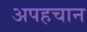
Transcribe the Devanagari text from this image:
अपहचान